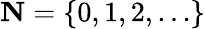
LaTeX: \mathbf{N}=\{ 0,1,2,\ldots\}